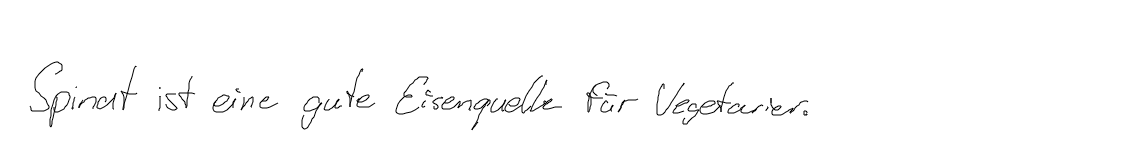
Spinat ist eine gute Eisenquelle für Vegetarier.